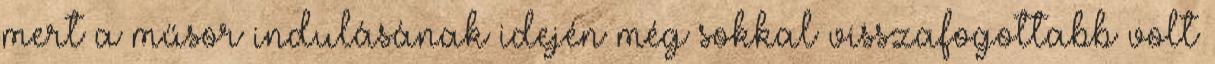
mert a műsor indulásának idején még sokkal visszafogottabb volt